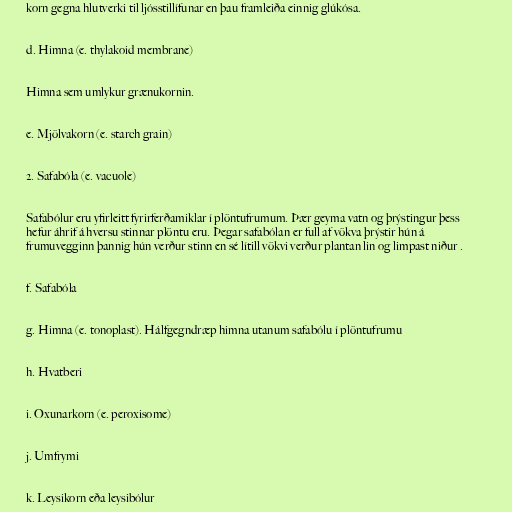
korn gegna hlutverki til ljósstillífunar en þau framleiða einnig glúkósa.

d. Himna (e. thylakoid membrane)

Himna sem umlykur grænukornin.

e. Mjölvakorn (e. starch grain)

2. Safabóla (e. vacuole)

Safabólur eru yfirleitt fyrirferðamiklar í plöntufrumum. Þær geyma vatn og þrýstingur þess
hefur áhrif á hversu stinnar plöntu eru. Þegar safabólan er full af vökva þrýstir hún á
frumuvegginn þannig hún verður stinn en sé lítill vökvi verður plantan lin og limpast niður .

f. Safabóla

g. Himna (e. tonoplast). Hálfgegndræp himna utanum safabólu í plöntufrumu

h. Hvatberi

i. Oxunarkorn (e. peroxisome)

j. Umfrymi

k. Leysikorn eða leysibólur